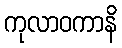
ကုလာဝကာနိ